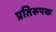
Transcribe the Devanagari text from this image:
प्रतिरूपक